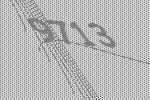
9713